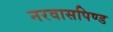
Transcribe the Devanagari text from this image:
नरवासपिण्ड